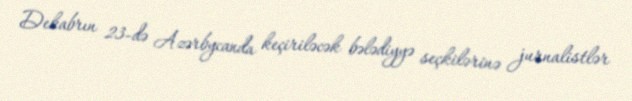
Dekabrın 23-də Azərbycanda keçiriləcək bələdiyyə seçkilərinə jurnalistlər